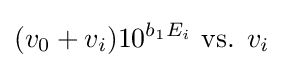
({v_{0}+v_{i}})10^{b_{1}E_{i}}{\text{ vs. }}v_{i^{}}